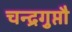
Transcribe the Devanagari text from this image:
चन्द्रगुप्तौ